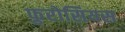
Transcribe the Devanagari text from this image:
फुरोसियस